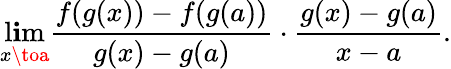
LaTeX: \operatorname*{l\mathbf{i}m}_{x\toa}{\frac{{f(g(x))-f(g(a))}}{{g(x)-g(a)}}}\cdot{\frac{{g(x)-g(a)}}{{x-a}}}.